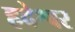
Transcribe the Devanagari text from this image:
हदेश्वर